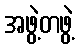
အဖွဲ့တဖွဲ့